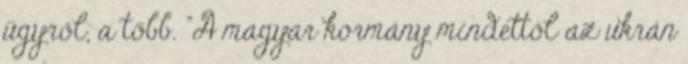
ügyről, a több. "A magyar kormány mindettől az ukrán